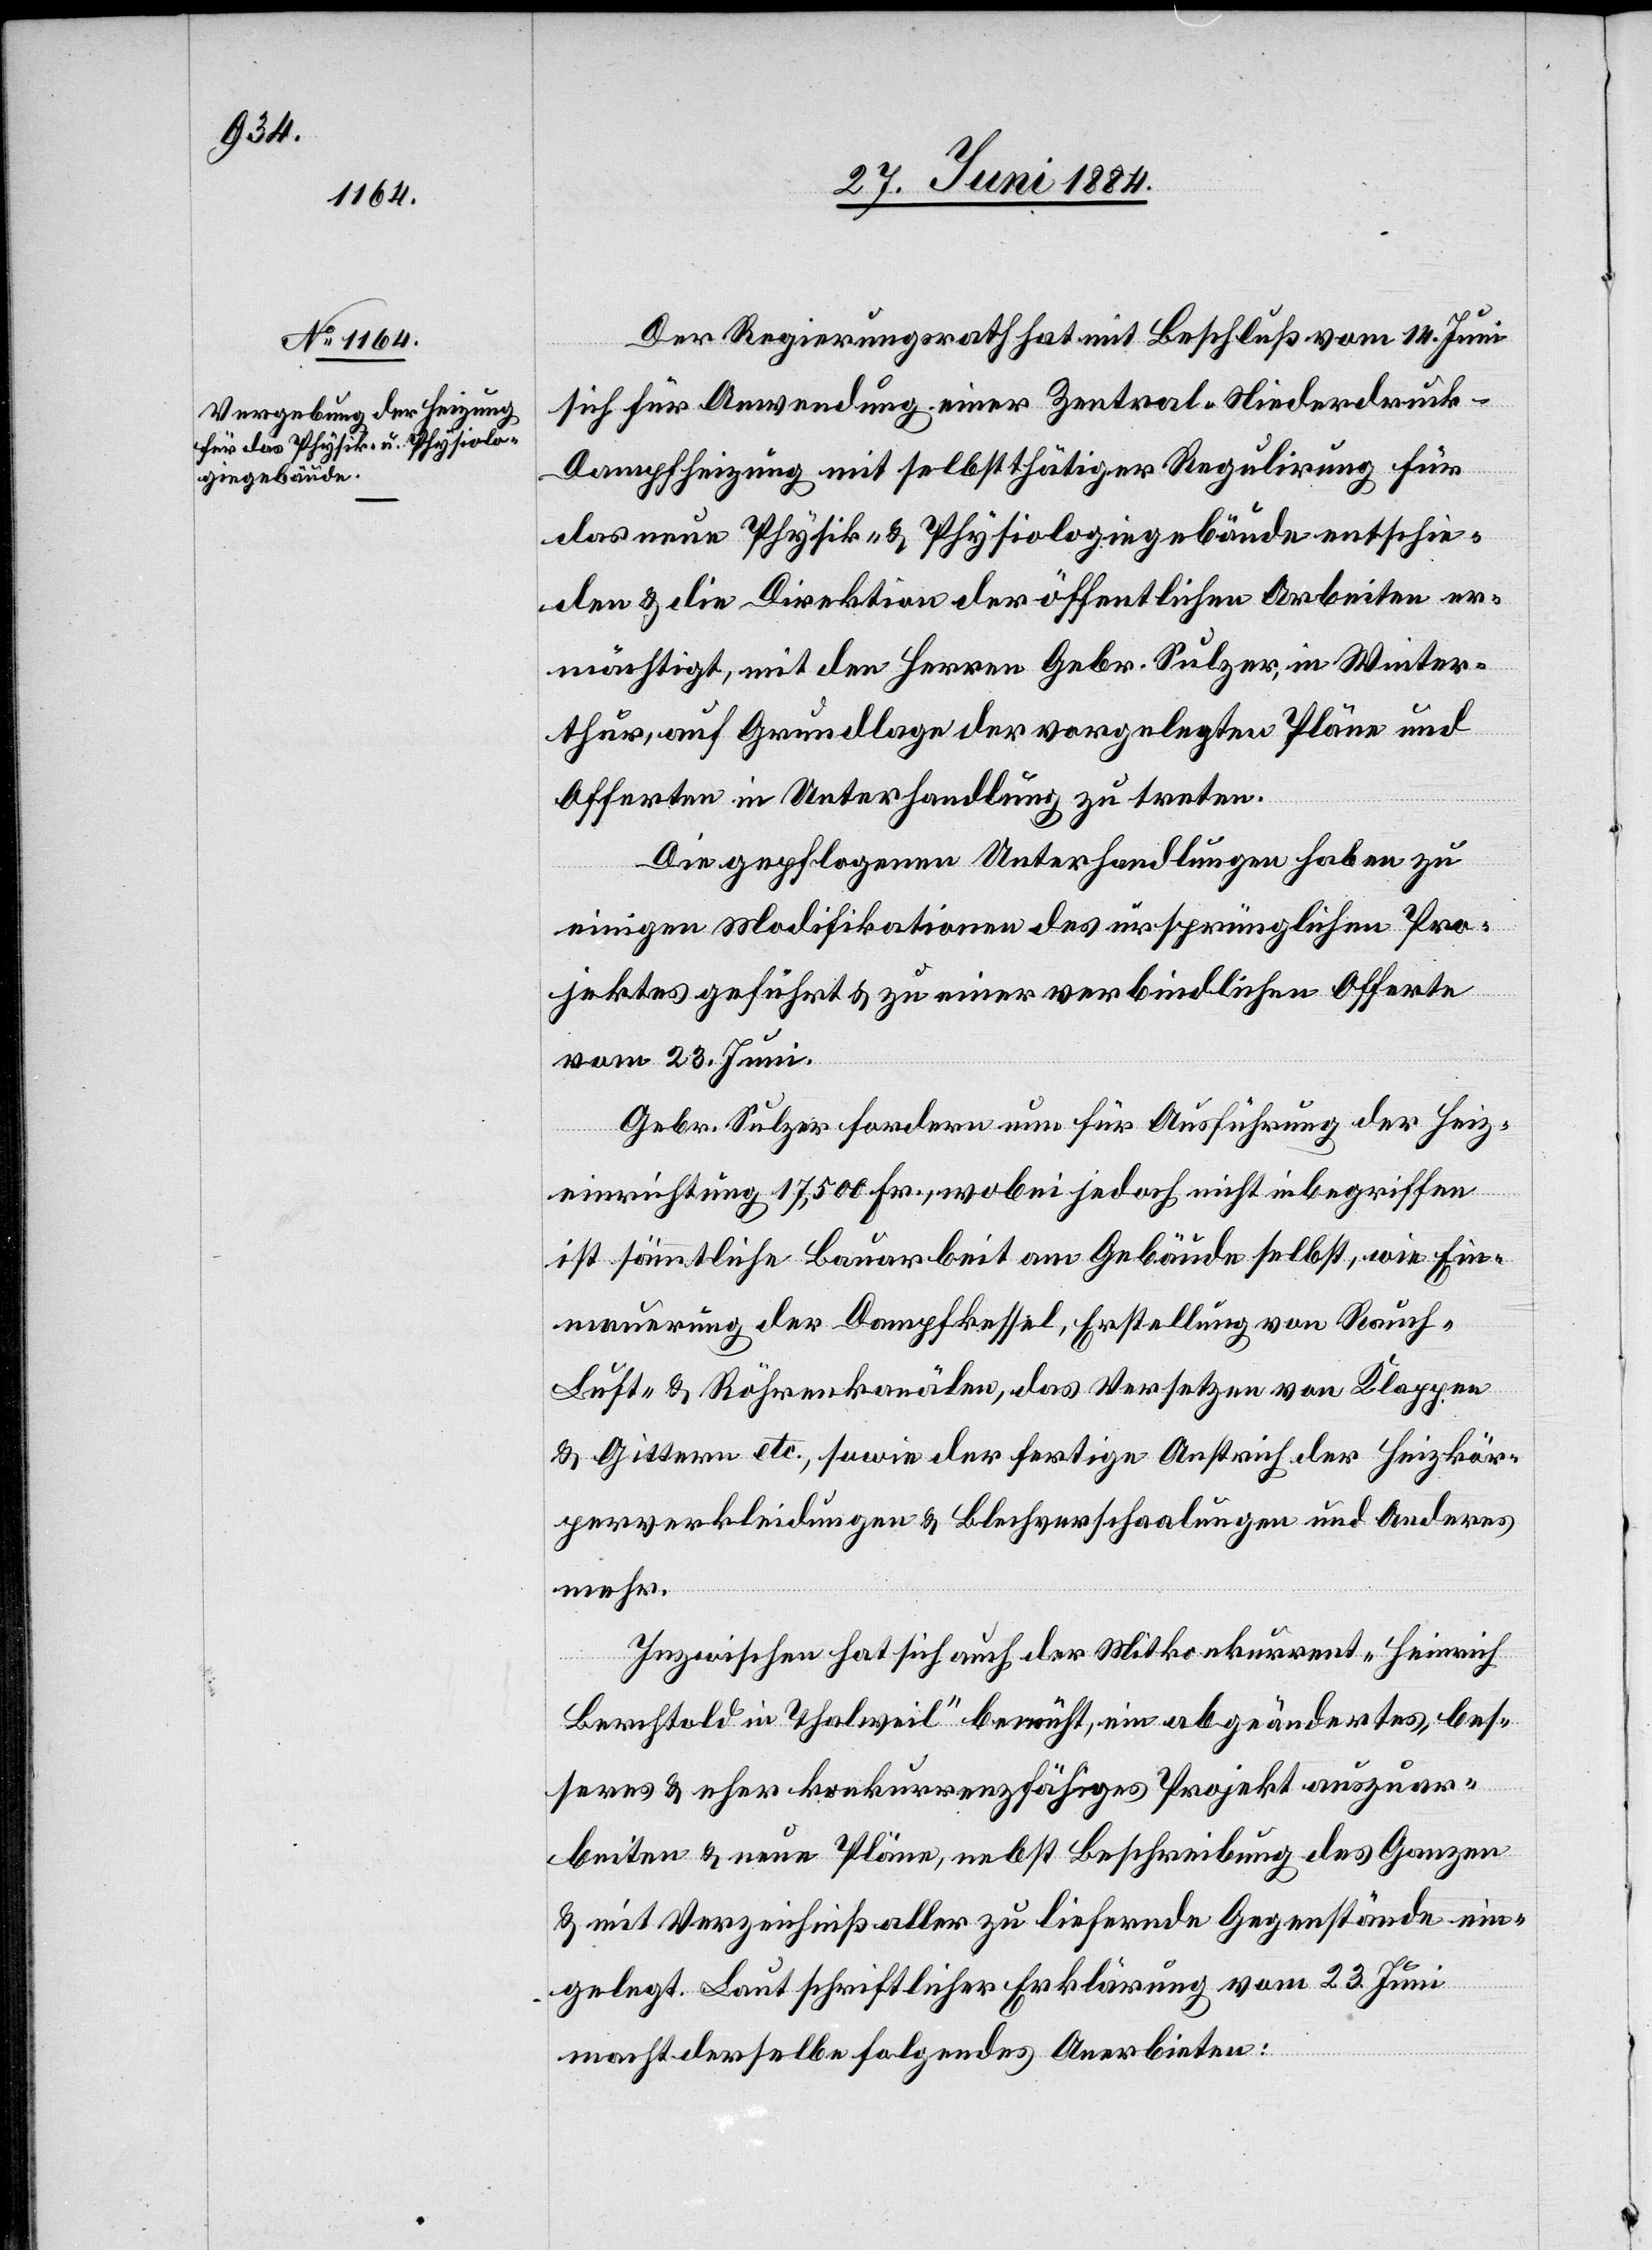
Der Regierungsrath hat mit Beschluß vom 14. Juni
sich für Anwendung einer Zentral-Niederdruck-D¬
ampfheizung mit selbstthätiger Regulirung für
das neue Physik- & Physiologiegebäude entschie¬
den & die Direktion der öffentlichen Arbeiten er¬
mächtigt, mit den Herren Gebr. Sulzer, in Winter¬
thur, auf Grundlage der vorgelegten Pläne und
Offerten in Unterhandlung zu treten.
Die gepflogenen Unterhandlungen haben zu
einigen Modifikationen des ursprünglichen Pro¬
jektes geführt & zu einer verbindlichen Offerte
vom 23. Juni.
Gebr. Sulzer fordern nun für Ausführung der Heiz¬
einrichtung 17,500 Fr., wobei jedoch nicht inbegriffen
ist sämtliche Bauarbeit am Gebäude selbst, wie Ern¬
euerung der Dampfkessel, Erstellung von Rauch-[,]
Luft- & Röhrenkanälen, das Versetzen von Klappen
& Gittern etc., sowie der fertige Anstrich der Heizkör¬
perverkleidungen & Blechverschaalungen und Anderes
mehr.
Inzwischen hat sich auch der Mitkonkurrent „Heinrich
Berthold in Thalweil“ bemüht, ein abgeändertes, bes¬
seres & eher konkurrenzfähiges Projekt auszuar¬
beiten & neue Pläne, nebst Beschreibung des Ganzen
& mit Verzeichniß aller zu liefernde[n] Gegenstände ein¬
gelegt. Laut schriftlicher Erklärung vom 23. Juni
macht derselbe folgendes Anerbieten: